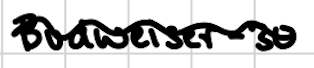
Text: Budweiser-30
Cross-out: mix
Writing tool: digital_black